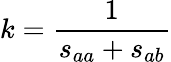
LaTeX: k=\frac{1}{s_{aa}+s_{ab}}